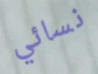
نسائي